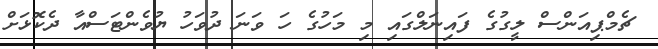
ޗެމްޕިއަންސް ލީގުގެ ފައިނަލްގައި މި މަހުގެ ހަ ވަނަ ދުވަހު ޔުވެންޓަސްއާ ދެކޮޅަށް